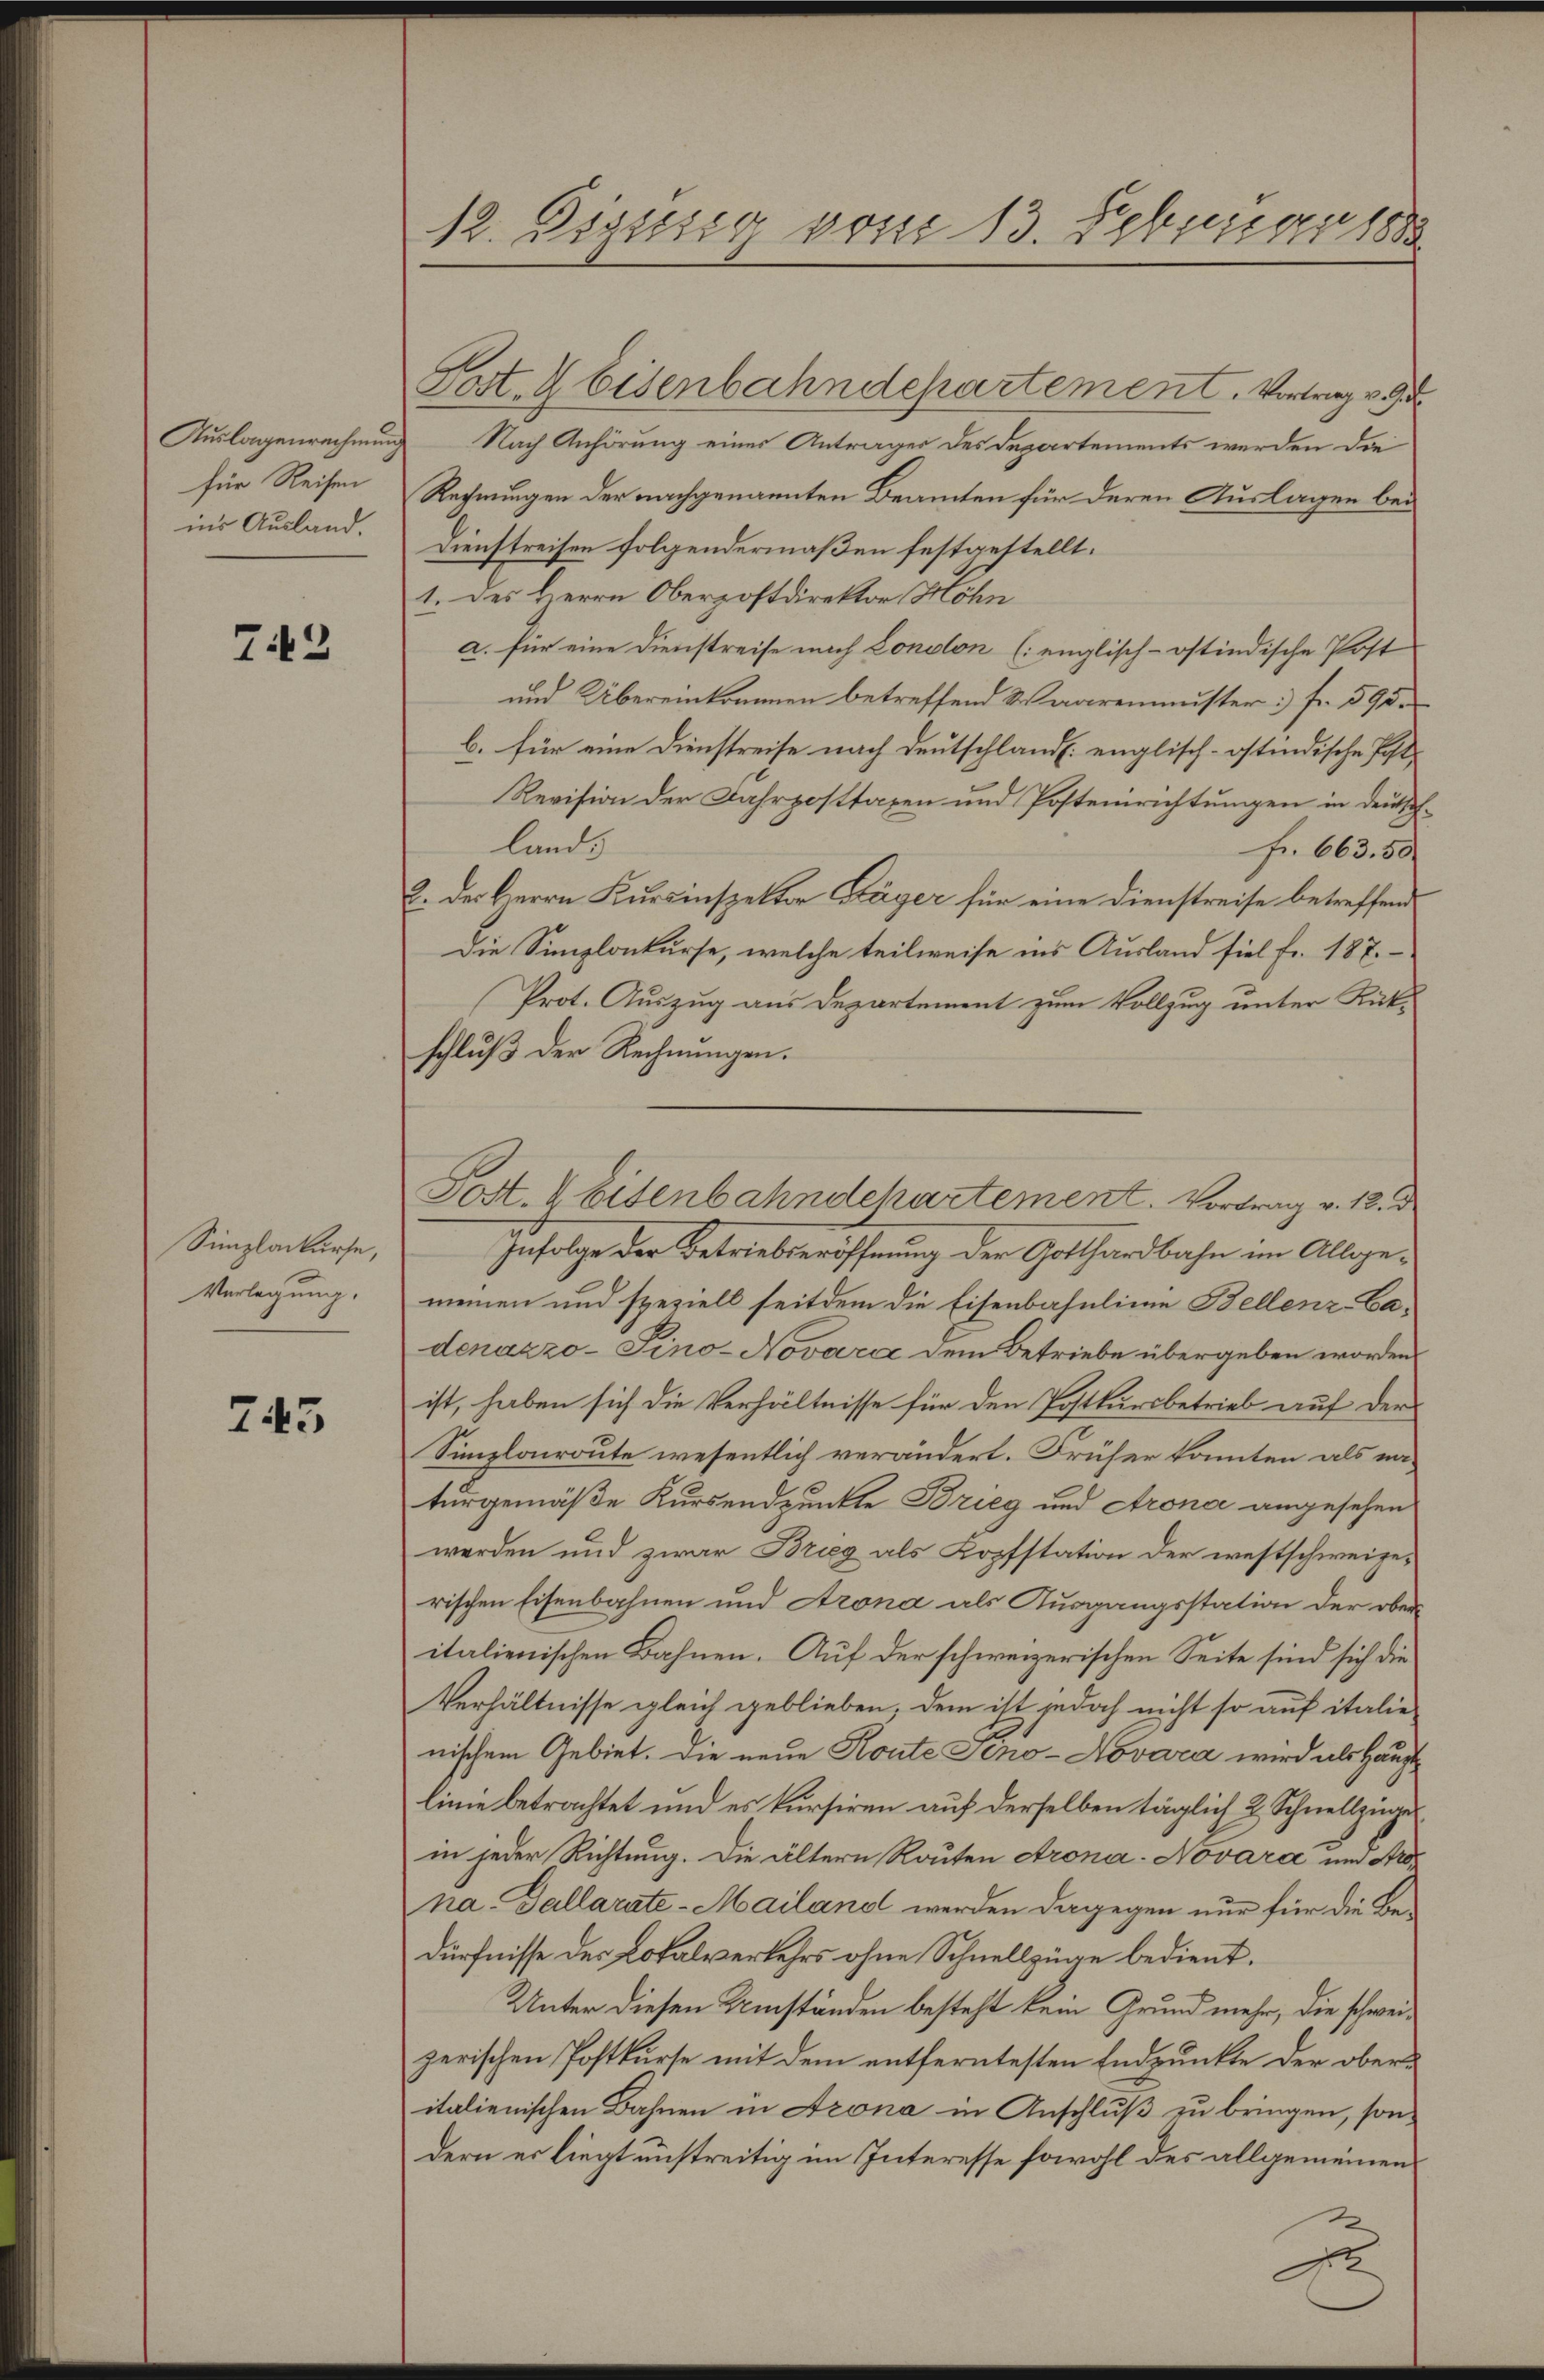
Auslagenrechnung
für Reisen
ins Ausland.

743

Simplarkurse,
Verlegung.

745

12. Dissssig vom 13. Februar 1888

Post & Eisenbahndepartement. Vortrag v. 9.
Nach Anhörung eines Antrages des Departements werden die
Rechnungen der nachgenannten Beamten für deren Auslagen bei
Dienstreisen folgendermaßen festgestellt.
1. des Herrn Oberpostdirektor Möhn
a. für eine Dienstreise nach London (englisch-ostindische Post
und Übereinkommen betreffend Waarenmuster: Fr. 598.
b. für eine Dienstreise nach Deutschländl. englisch-ostindische Post-
Revision der Fahrposttaxen und Postenrichtungen in deutschland.
fr. 663. 50.
2. des Herrn Kursinspektor Kläger für eine Dienstreise betreffend
Die Simplonkurse, welche teilweise ins Ausland fiel Fr. 187.
Prot. Auszug aus Departement zum Vollzug unter Rükschlŭβ der Rechnungen.
Infolge der Betriebseröffnung der Gotthardbahn im Allgemeinen und speziell seitdem die Eisenbahnlinie Bellenz-Cadenazzo-Sino- Novara dem Betriebe übergeben worden
ist, haben sich die Verhältnisse für den Postkursbetrieb auf der
Simplonroute wesentlich verändert. Früher konnten als naturgemäße Kursendpunkte Brieg und Arona angesehen
werden und zwar Brieg als Kopfstation der westschweizerischen Eisenbahnen und Arona als Ausgangsstation der ober
italienischen Bahnen. Auf der schweizerischen Seite sind sich die
Verhältnisse gleich geblieben, dem ist jedoch nicht so auf italie
nischem Gebiet. Die neue Konte Seno-Novara wird als Hauptlinie betrachtet und es kursiren auf derselben täglich 2 Schnellzüge
in jeder Richtung. Die ältern Routen Arona-Novara und Arna. Gallarate-Mailand werden dagegen nur für die Bedürfnisse des Lokalverkehrs ohne Schnellzüge bedient.
Unter diesen Umständen besteht kein Grund mehr, die schweizerischen Postkurse mit dem entferntesten Endpunkte der oberitalienischen Bahnen in Azona in Anschluß zu bringen, sondern er liegt unstreitig im Interesse sowohl des allgemeinen

Post. A Eisenbahndchartement. Vortrag v. 12. d.